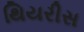
થિયરીસ